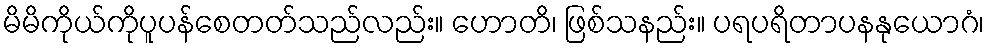
မိမိကိုယ်ကိုပူပန်စေတတ်သည်လည်း။ ဟောတိ၊ ဖြစ်သနည်း။ ပရပရိတာပနနုယောဂံ၊